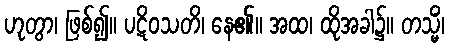
ဟုတွာ၊ ဖြစ်၍။ ပဋိဝသတိ၊ နေ၏။ အထ၊ ထိုအခါ၌။ တသ္မိံ၊